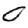
Digit: 0